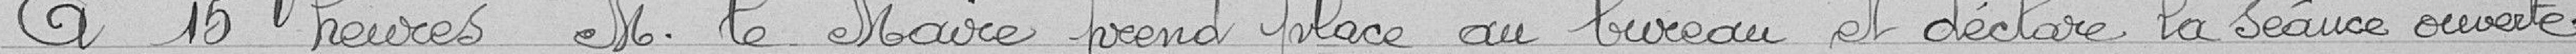
A 15 heures, M. le maire prend place au bureau et déclare la séance ouverte.